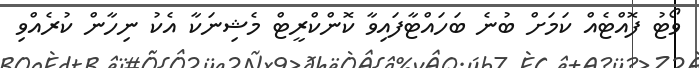
ވޯޓު ފޮއްޓެއް ކަމަށް ބުނެ ބަހައްޓާފައިވާ ކޮންކްރީޓް މެޝިނަކާ އެކު ނިހާން ކުރެއްވި